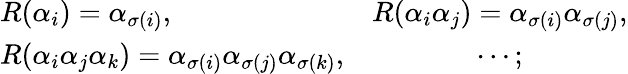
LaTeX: \begin{array}{lc}{{R(\alpha_{i})=\alpha_{\sigma(i)},}}&{{R(\alpha_{i}\alpha_{j})=\alpha_{\sigma(i)}\alpha_{\sigma(j)},}}\\ {{R(\alpha_{i}\alpha_{j}\alpha_{k})=\alpha_{\sigma(i)}\alpha_{\sigma(j)}\alpha_{\sigma(k)},}}&{{\cdots;}}\end{array}